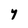
Character: Y